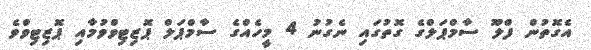
އެގޮތުން ފްލޫ ސާމްޕަލްގެ ގޮތުގައި ނެގުނު 4 މީހެއްގެ ސާމްޕަލް ޕޮޒިޓިވްވުމާއި ޕޮޒިޓިވްވެ